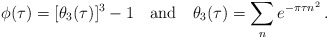
\begin{align*}\phi (\tau) = [\theta_3(\tau)]^3 - 1 \quad \mbox{and} \quad \theta_3(\tau) = \sum_n e^{-\pi \tau n^2} \, .\end{align*}